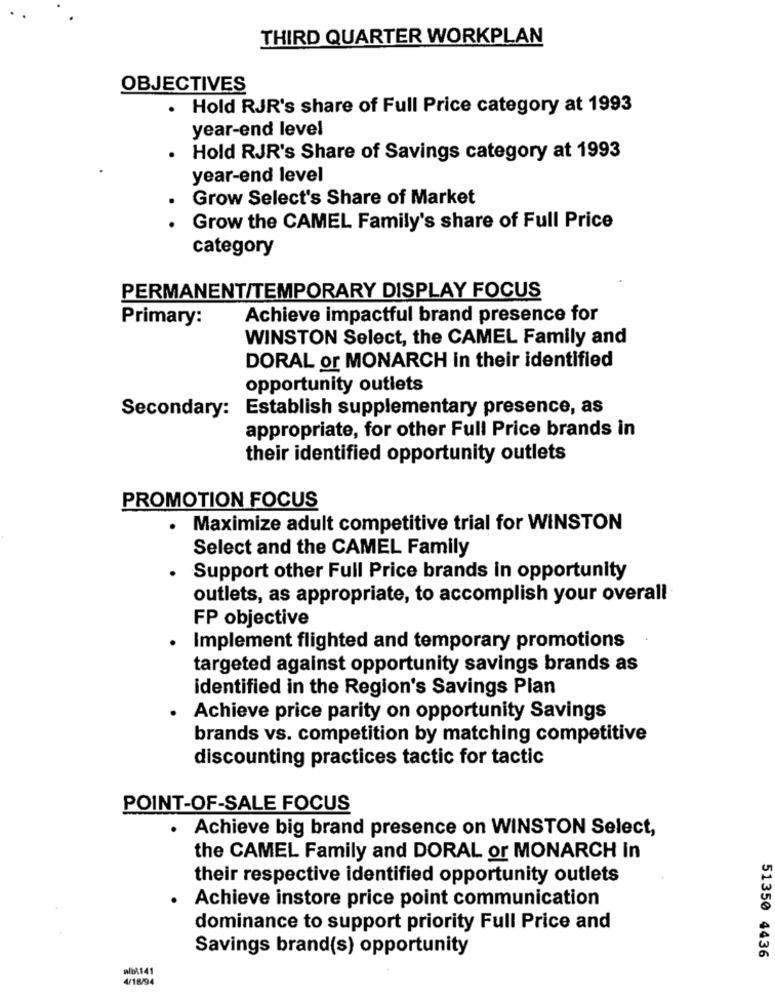
THIRD QUARTER WORKPLAN
OBJECTIVES
Hold RJR's share of Full Price category at 1993
year-end level
. Hold RJR's Share of Savings category at 1993
year-end level
Grow Select's Share of Market
Grow the CAMEL Family's share of Full Price
category
PERMANENT/TEMPORARY DISPLAY FOCUS
Primary:
Achieve impactful brand presence for
WINSTON Select, the CAMEL Family and
DORAL or MONARCH in their identified
opportunity outlets
Secondary: Establish supplementary presence, as
appropriate, for other Full Price brands in
their identified opportunity outlets
PROMOTION FOCUS
Maximize adult competitive trial for WINSTON
Select and the CAMEL Family
. Support other Full Price brands in opportunity
outlets, as appropriate, to accomplish your overall
FP objective
Implement flighted and temporary promotions
targeted against opportunity savings brands as
identified in the Region's Savings Plan
Achieve price parity on opportunity Savings
brands vs. competition by matching competitive
discounting practices tactic for tactic
POINT-OF-SALE FOCUS
· Achieve big brand presence on WINSTON Select,
the CAMEL Family and DORAL or MONARCH in
their respective identified opportunity outlets
Achieve instore price point communication
dominance to support priority Full Price and
Savings brand(s) opportunity
51350 4436
albl141
4/18/94